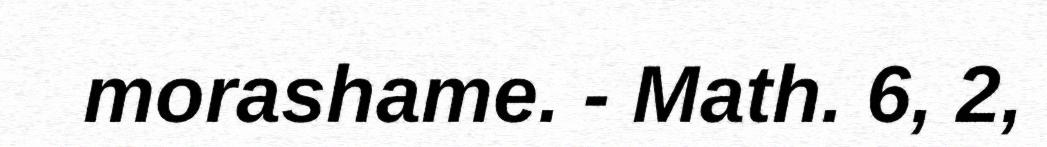
morashame. - Math. 6, 2,